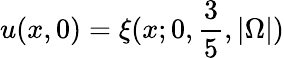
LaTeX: u(x,0)=\xi(x;0,\frac{3}{5},|\Omega|)